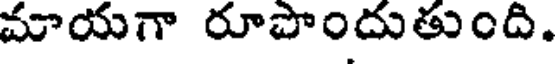
మాయగా రూపొందుతుంది.